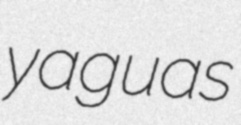
yaguas